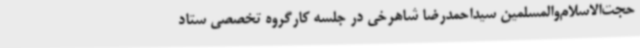
حجت‌الاسلام‌والمسلمین سیداحمدرضا شاهرخی در جلسه کارگروه تخصصی ستاد